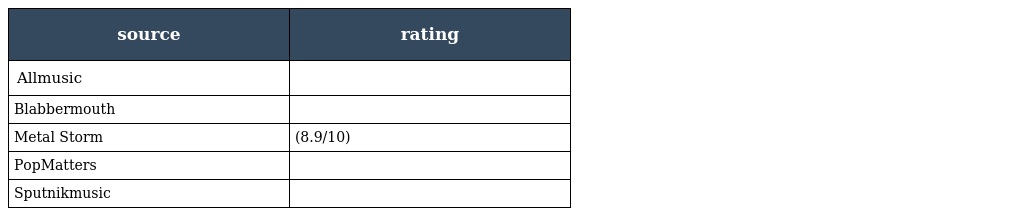
| source | rating |
 | --- | --- |
 | Allmusic |  |
 | Blabbermouth |  |
 | Metal Storm | (8.9/10) |
 | PopMatters |  |
 | Sputnikmusic |  |